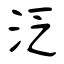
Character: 泛